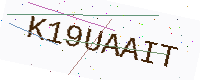
Text: K19UAAIT